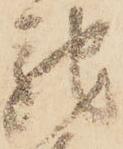
馳